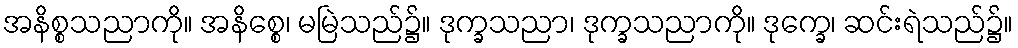
အနိစ္စသညာကို။ အနိစ္စေ၊ မမြဲသည်၌။ ဒုက္ခသညာ၊ ဒုက္ခသညာကို။ ဒုက္ခေ၊ ဆင်းရဲသည်၌။